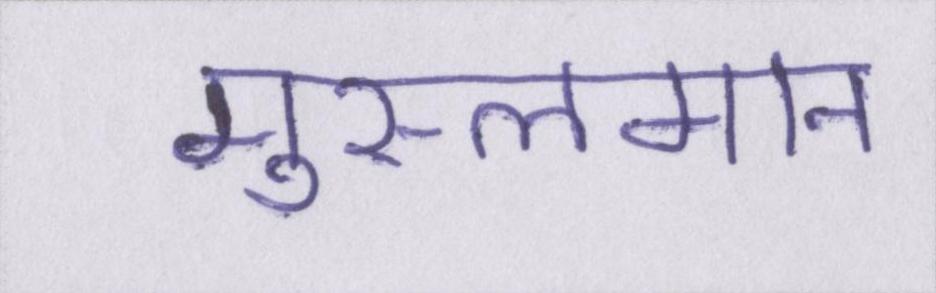
मुस्लमान